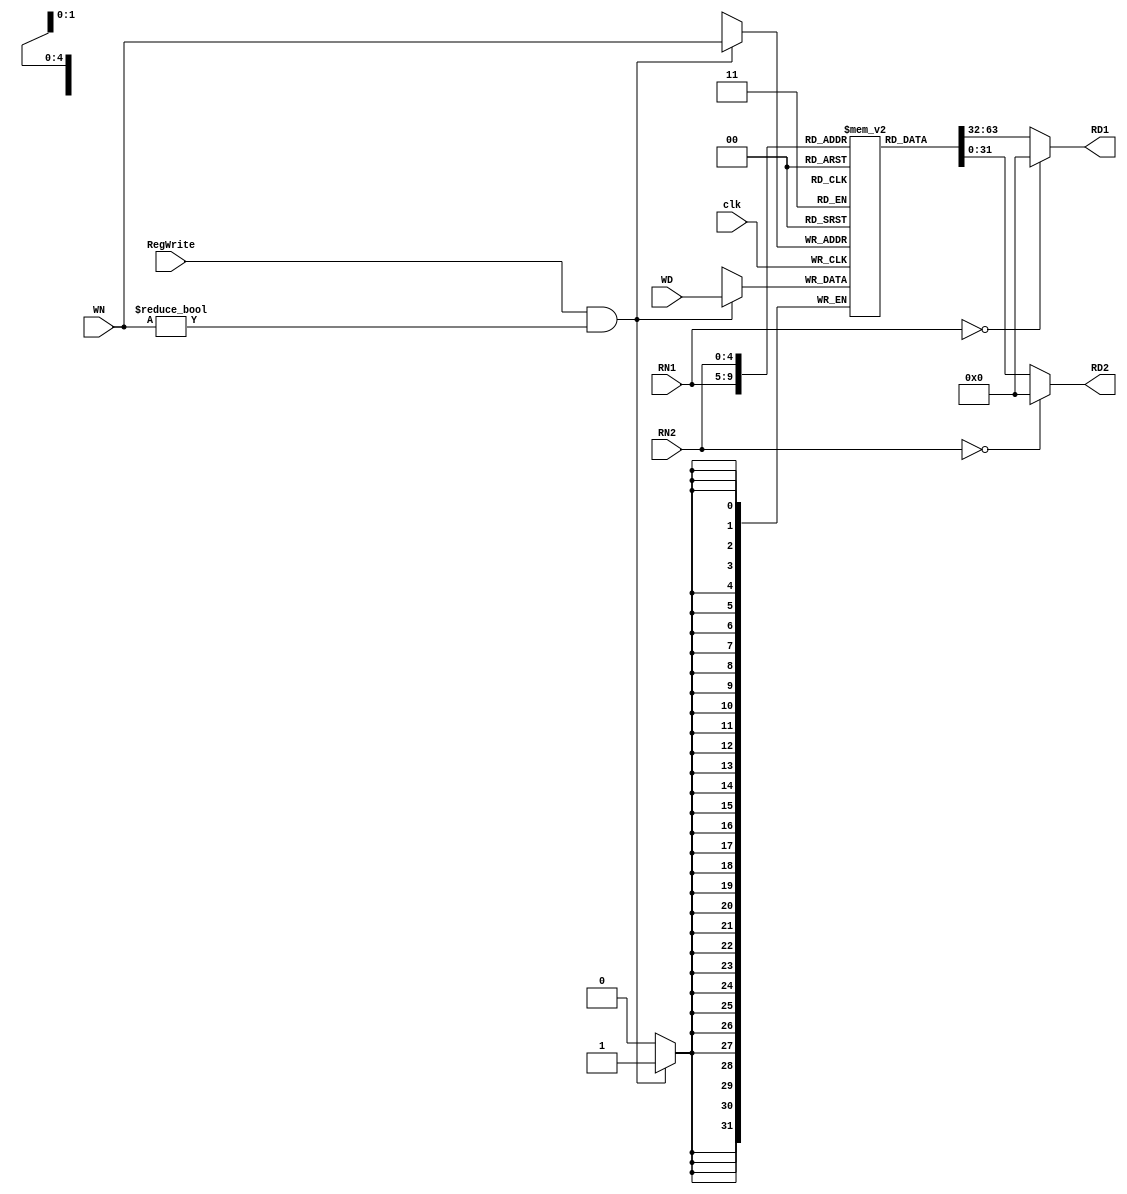
module reg_file(clk, RegWrite, RN1, RN2, WN, RD1, RD2, WD);
	input clk;
	input RegWrite;
	input [4:0] RN1, RN2, WN;
	input [31:0] WD;
	output [31:0] RD1, RD2;
	
	reg [31:0] RD1, RD2;
	reg [31:0] file_array [31:1];
	
	always @(RN1 or file_array[RN1])
	begin
		RD1 = !RN1 ? 32'd0 : file_array[RN1];
		$display($time, " reg_file[%d] => %d (Port1)", RN1, RD1);
	end
	
	always @(RN2 or file_array[RN2])
	begin
		RD2 = !RN2 ? 32'd0 : file_array[RN2];
		$display($time, " reg_file[%d] => %d (Port2)", RN2, RD2);
	end
	
	always @(posedge clk)
	if (RegWrite && (WN != 0))		//reg_file[0] is read-only
	begin
		file_array[WN] <= WD;
		$display($time, " reg_file[%d] <= %d (Write)", WN, WD);
	end

endmodule